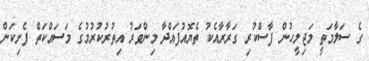
ގެ ސަލާމަތީ މަޖިލީހުން ފާސްކުރި ގަރާރާއެކު ތެޔޮއުފައްދާ މިންވަރު އިތުރުކުރުމުގެ މަސައްކަތް ފެށިކަން